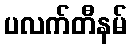
ပလက်တီနမ်